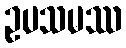
ဥပသမဿ